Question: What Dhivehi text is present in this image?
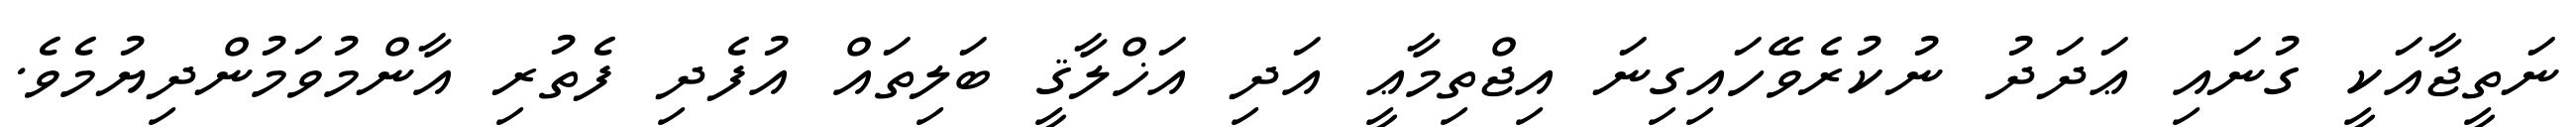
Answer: ނަތީޖާއަކީ ގުނައި ޢަދަދު ނުކުރެވޭހައިގިނަ އިޖްތިމާޢީ އަދި އަޚްލާޤީ ބަލިތައް އުފެދި ފެތުރި އާންމުވަމުންދިޔުމެވެ.